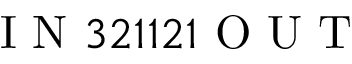
\mathrm { ~ I ~ N ~ } 3 2 1 1 2 1 \mathrm { ~ O ~ U ~ T ~ }